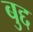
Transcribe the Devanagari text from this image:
बुद्द